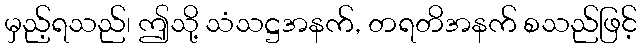
မှည့်ရသည်၊ ဤသို့ သံသဋ္ဌအနက်, တရတိအနက် စသည်ဖြင့်